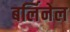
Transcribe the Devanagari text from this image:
बर्लिनेल